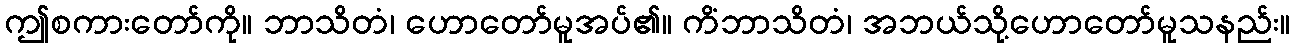
ဤစကားတော်ကို။ ဘာသိတံ၊ ဟောတော်မူအပ်၏။ ကိံဘာသိတံ၊ အဘယ်သို့ဟောတော်မူသနည်း။